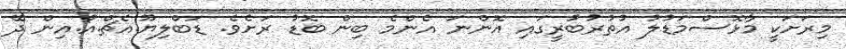
މިރަށަކީ މާޅޮސްމަޑުލު އުތުރުބުރީގައި އޮންނަ އެންމެ ބިން ބޮޑު ރަށެވެ. ޑަބްލިޔޫ.އެޗް.އޯ.އިން ދޭ